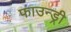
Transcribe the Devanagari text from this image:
फाउन्ड्री